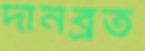
দানব্রত